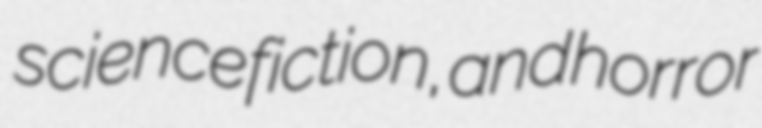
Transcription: science fiction, and horror